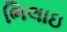
ભિલાઇ